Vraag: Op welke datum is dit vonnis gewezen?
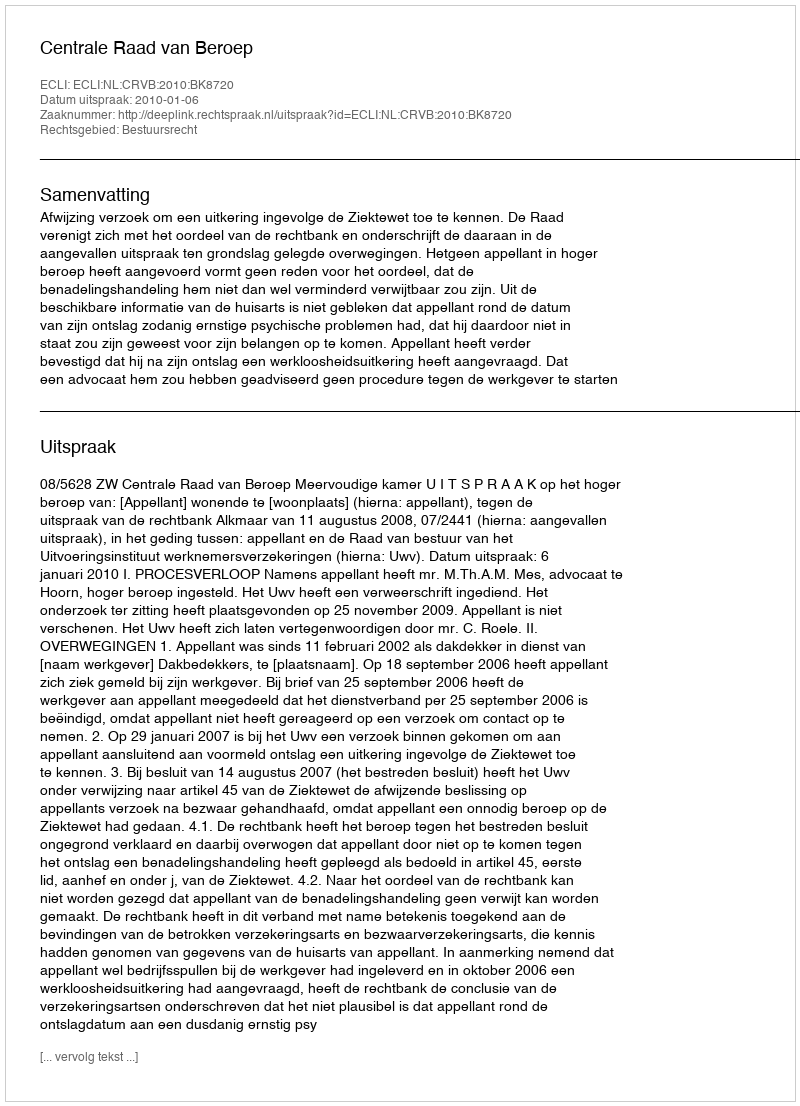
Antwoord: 2010-01-06